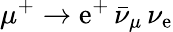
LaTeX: \mu^{+}\rightarrow\mathrm{e}^{+}\, \bar{{\nu}}_{\mu}\, \nu_{\mathrm{e}}